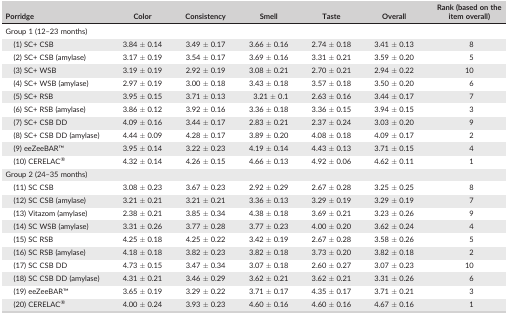
<table><thead><tr><td><b>Porridge</b></td><td><b>Color</b></td><td><b>Consistency</b></td><td><b>Smell</b></td><td><b>Taste</b></td><td><b>Overall</b></td><td><b>Rank (based on the item overall)</b></td></tr></thead><tbody><tr><td colspan="7">Group 1 (12–23 months)</td></tr><tr><td>(1) SC+ CSB</td><td>3.84 ± 0.14</td><td>3.49 ± 0.17</td><td>3.66 ± 0.16</td><td>2.74 ± 0.18</td><td>3.41 ± 0.13</td><td>8</td></tr><tr><td>(2) SC+ CSB (amylase)</td><td>3.17 ± 0.19</td><td>3.54 ± 0.17</td><td>3.69 ± 0.16</td><td>3.31 ± 0.21</td><td>3.59 ± 0.20</td><td>5</td></tr><tr><td>(3) SC+ WSB</td><td>3.19 ± 0.19</td><td>2.92 ± 0.19</td><td>3.08 ± 0.21</td><td>2.70 ± 0.21</td><td>2.94 ± 0.22</td><td>10</td></tr><tr><td>(4) SC+ WSB (amylase)</td><td>2.97 ± 0.19</td><td>3.00 ± 0.18</td><td>3.43 ± 0.18</td><td>3.57 ± 0.18</td><td>3.50 ± 0.20</td><td>6</td></tr><tr><td>(5) SC+ RSB</td><td>3.95 ± 0.15</td><td>3.71 ± 0.13</td><td>3.21 ± 0.1</td><td>2.63 ± 0.16</td><td>3.44 ± 0.17</td><td>7</td></tr><tr><td>(6) SC+ RSB (amylase)</td><td>3.86 ± 0.12</td><td>3.92 ± 0.16</td><td>3.36 ± 0.18</td><td>3.36 ± 0.15</td><td>3.94 ± 0.15</td><td>3</td></tr><tr><td>(7) SC+ CSB DD</td><td>4.09 ± 0.16</td><td>3.44 ± 0.17</td><td>2.83 ± 0.21</td><td>2.37 ± 0.24</td><td>3.03 ± 0.20</td><td>9</td></tr><tr><td>(8) SC+ CSB DD (amylase)</td><td>4.44 ± 0.09</td><td>4.28 ± 0.17</td><td>3.89 ± 0.20</td><td>4.08 ± 0.18</td><td>4.09 ± 0.17</td><td>2</td></tr><tr><td>(9) eeZeeBARTM</td><td>3.95 ± 0.14</td><td>3.22 ± 0.23</td><td>4.19 ± 0.14</td><td>4.43 ± 0.13</td><td>3.71 ± 0.15</td><td>4</td></tr><tr><td>(10) CERELAC<sup>®</sup></td><td>4.32 ± 0.14</td><td>4.26 ± 0.15</td><td>4.66 ± 0.13</td><td>4.92 ± 0.06</td><td>4.62 ± 0.11</td><td>1</td></tr><tr><td>Group 2 (24–35 months)</td><td></td><td></td><td></td><td></td><td></td><td></td></tr><tr><td>(11) SC CSB</td><td>3.08 ± 0.23</td><td>3.67 ± 0.23</td><td>2.92 ± 0.29</td><td>2.67 ± 0.28</td><td>3.25 ± 0.25</td><td>8</td></tr><tr><td>(12) SC CSB (amylase)</td><td>3.21 ± 0.21</td><td>3.21 ± 0.21</td><td>3.36 ± 0.13</td><td>3.29 ± 0.19</td><td>3.29 ± 0.19</td><td>7</td></tr><tr><td>(13) Vitazom (amylase)</td><td>2.38 ± 0.21</td><td>3.85 ± 0.34</td><td>4.38 ± 0.18</td><td>3.69 ± 0.21</td><td>3.23 ± 0.26</td><td>9</td></tr><tr><td>(14) SC WSB (amylase)</td><td>3.31 ± 0.26</td><td>3.77 ± 0.28</td><td>3.77 ± 0.23</td><td>4.00 ± 0.20</td><td>3.62 ± 0.24</td><td>4</td></tr><tr><td>(15) SC RSB</td><td>4.25 ± 0.18</td><td>4.25 ± 0.22</td><td>3.42 ± 0.19</td><td>2.67 ± 0.28</td><td>3.58 ± 0.26</td><td>5</td></tr><tr><td>(16) SC RSB (amylase)</td><td>4.18 ± 0.18</td><td>3.82 ± 0.23</td><td>3.82 ± 0.18</td><td>3.73 ± 0.20</td><td>3.82 ± 0.18</td><td>2</td></tr><tr><td>(17) SC CSB DD</td><td>4.73 ± 0.15</td><td>3.47 ± 0.34</td><td>3.07 ± 0.18</td><td>2.60 ± 0.27</td><td>3.07 ± 0.23</td><td>10</td></tr><tr><td>(18) SC CSB DD (amylase)</td><td>4.31 ± 0.21</td><td>3.46 ± 0.29</td><td>3.62 ± 0.21</td><td>3.62 ± 0.21</td><td>3.31 ± 0.26</td><td>6</td></tr><tr><td>(19) eeZeeBARTM</td><td>3.65 ± 0.19</td><td>3.29 ± 0.22</td><td>3.71 ± 0.17</td><td>4.35 ± 0.17</td><td>3.71 ± 0.21</td><td>3</td></tr><tr><td>(20) CERELAC<sup>®</sup></td><td>4.00 ± 0.24</td><td>3.93 ± 0.23</td><td>4.60 ± 0.16</td><td>4.60 ± 0.16</td><td>4.67 ± 0.16</td><td>1</td></tr></tbody></table>